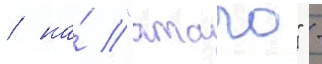
/ на́ "атаго" -